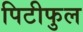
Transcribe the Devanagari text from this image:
पिटीफुल